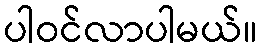
ပါဝင်လာပါမယ်။